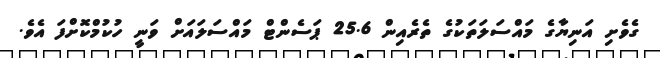
ގެވެށި އަނިޔާގެ މައްސަލަތަކުގެ ތެރެއިން 25.6 ޕަސެންޓް މައްސަލައަށް ވަނީ ހުކުމްކޮށްފަ އެވެ.